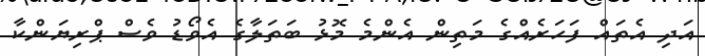
އަދި އެތައް ފަހަރެއްގެ މަތިން އެންމެ މޮޅު ބަތަލާގެ އެވޯޑު ވެސް ޕްރިޔަންކާ